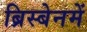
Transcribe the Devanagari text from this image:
ब्रिस्बेनमें